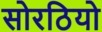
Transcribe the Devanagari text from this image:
सोरठियो